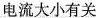
电流大小有关